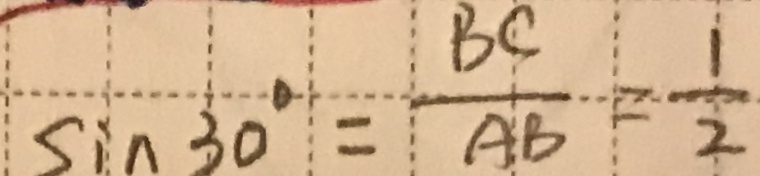
\sin 3 0 ^ { \circ } = \frac { B C } { A B } = \frac { 1 } { 2 }